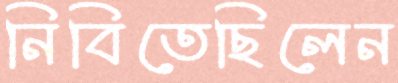
নিবিতেছিলেন